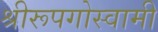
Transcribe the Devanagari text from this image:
श्रीरूपगोस्वामी